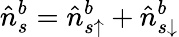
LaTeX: \hat{n}_{s}^{b}=\hat{n}_{s\uparrow}^{b}+\hat{n}_{s\downarrow}^{b}